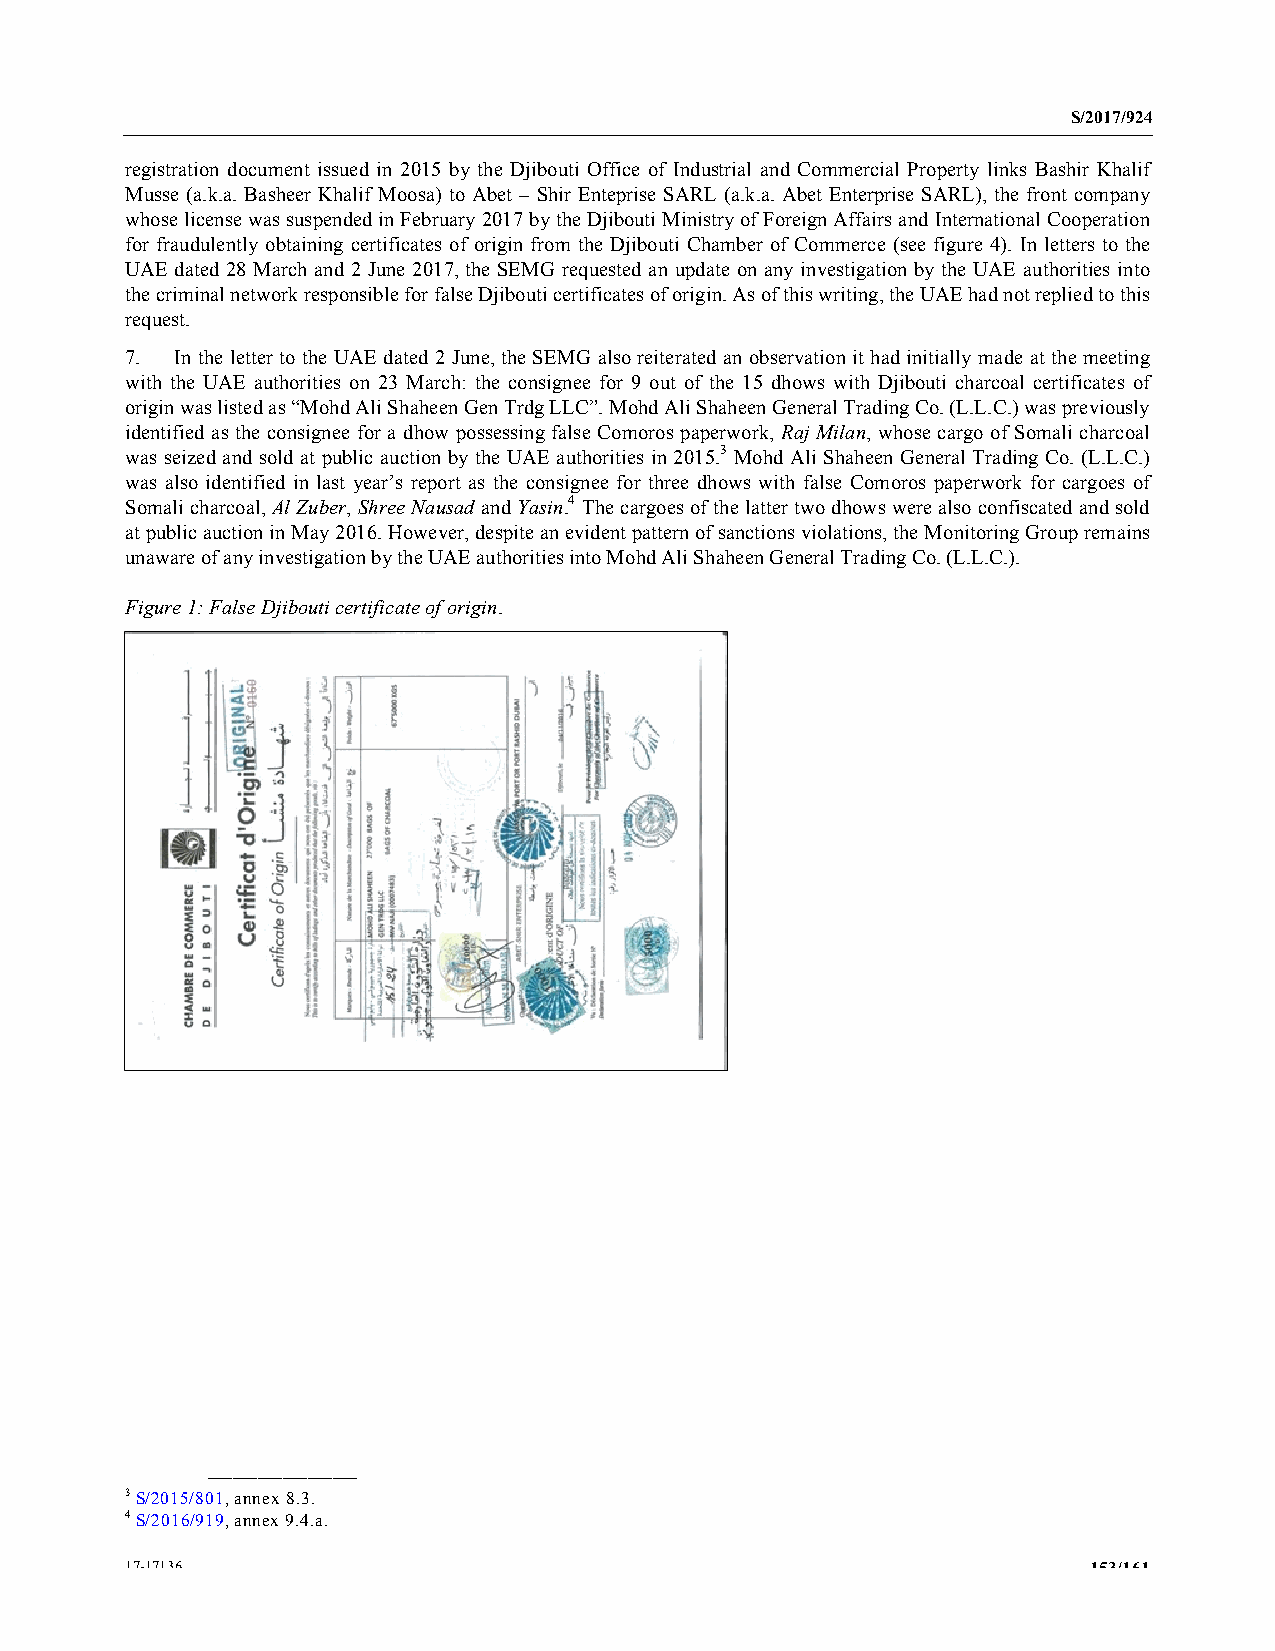
S/2017/924
 registration document issued in 2015 by the Djibouti Office of Industrial and Commercial Property links Bashir Khalif
 Musse (a.k.a. Basheer Khalif Moosa) to Abet – Shir Enteprise SARL (a.k.a. Abet Enterprise SARL), the front company
 whose license was suspended in February 2017 by the Djibouti Ministry of Foreign Affairs and International Cooperation
 for fraudulently obtaining certificates of origin from the Djibouti Chamber of Commerce (see figure 4). In letters to the
 UAE dated 28 March and 2 June 2017, the SEMG requested an update on any investigation by the UAE authorities into
 the criminal network responsible for false Djibouti certificates of origin. As of this writing, the UAE had not replied to this
 request.
 7.  In the letter to the UAE dated 2 June, the SEMG also reiterated an observation it had initially made at the meeting
 with the UAE authorities on 23 March: the consignee for 9 out of the 15 dhows with Djibouti charcoal certificates of
 origin was listed as “Mohd Ali Shaheen Gen Trdg LLC”. Mohd Ali Shaheen General Trading Co. (L.L.C.) was previously
 identified as the consignee for a dhow possessing false Comoros paperwork, Raj Milan, whose cargo of Somali charcoal
 was seized and sold at public auction by the UAE authorities in 2015.3 Mohd Ali Shaheen General Trading Co. (L.L.C.)
 was also identified in last year’s report as the consignee for three dhows with false Comoros paperwork for cargoes of
 Somali charcoal, Al Zuber, Shree Nausad and Yasin.4 The cargoes of the latter two dhows were also confiscated and sold
 at public auction in May 2016. However, despite an evident pattern of sanctions violations, the Monitoring Group remains
 unaware of any investigation by the UAE authorities into Mohd Ali Shaheen General Trading Co. (L.L.C.).
 Figure 1: False Djibouti certificate of origin.
 __________________
 3 S/2015/801, annex 8.3.
 4 S/2016/919, annex 9.4.a.
 17-17136                                                        153/161